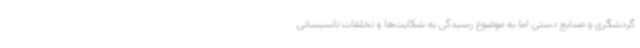
گردشگری و صنایع دستی اما به موضوع رسیدگی به شکایت‌ها و تخلفات تاسیساتی